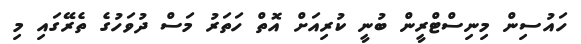
ހައުސިން މިނިސްޓްރީން ބުނީ ކުރިއަށް އޮތް ހަތަރު މަސް ދުވަހުގެ ތެރޭގައި މި